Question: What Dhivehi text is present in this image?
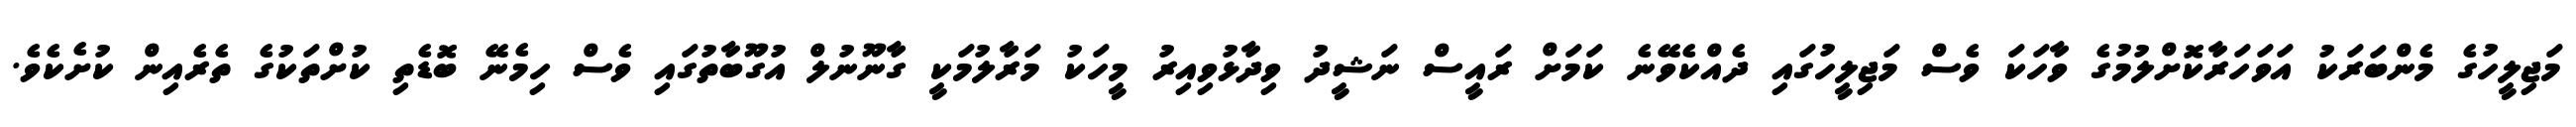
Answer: މަޖިލީހުގެ މެންބަރަކު އަވަހަރާކޮށްލުމުގެ ވާހަކަ ވެސް މަޖިލީހުގައި ދެއްކެވޭނެ ކަމަށް ރައީސް ނަޝީދު ވިދާޅުވިއިރު މީހަކު މަރާލުމަކީ ގާނޫނުލް އުގޫބާތުގައި ވެސް ހިމެނޭ ބޮޑެތި ކުށްތަކުގެ ތެރެއިން ކުށެކެވެ.